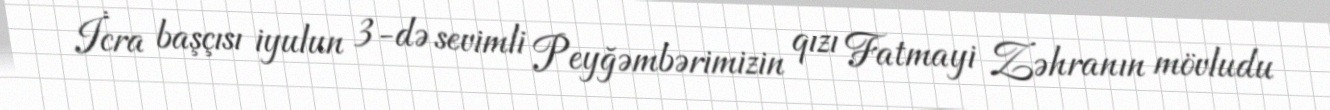
İcra başçısı iyulun 3-də sevimli Peyğəmbərimizin qızı Fatmayi Zəhranın mövludu